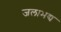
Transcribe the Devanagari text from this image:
जलाभद्य